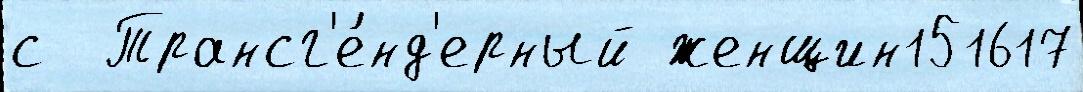
с  Трансг'е́нд'ерный женщин151617